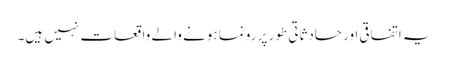
یہ اتفاقی اور حادثاتی طور پر رونما ہونے والے واقعات نہیں ہیں۔